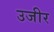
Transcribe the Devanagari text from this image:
उजीर